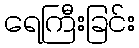
ရေကြီးခြင်း